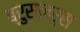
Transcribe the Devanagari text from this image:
ब्रुसलर्स